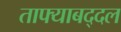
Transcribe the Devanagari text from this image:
ताफ्याबद्दल